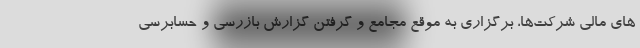
های مالی شرکت‌ها، برگزاری به موقع مجامع و گرفتن گزارش بازرسی و حسابرسی